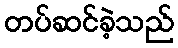
တပ်ဆင်ခဲ့သည်